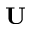
\textbf { U }